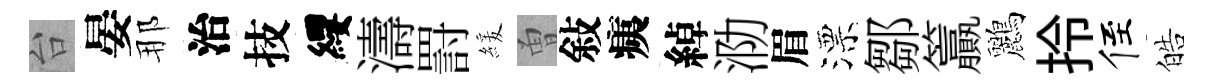
台晏那治技纓濤罸緩曽敍痍綽泐眉漂鄒籯鸝拎侄皓